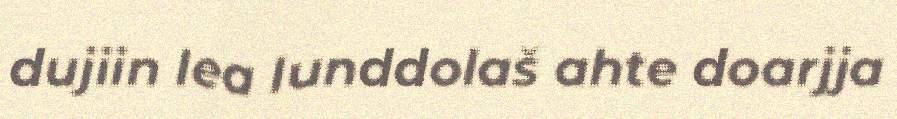
dujiin lea lunddolaš ahte doarjja